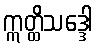
ဣတ္ထိသဒ္ဒေါ